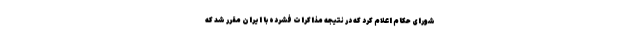
شورای حکام اعلام کرد که در نتیجه مذاکرات فشرده با ایران مقرر شد که